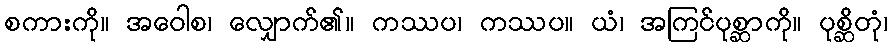
စကားကို။ အဝေါစ၊ လျှောက်၏။ ကဿပ၊ ကဿပ။ ယံ၊ အကြင်ပုစ္ဆာကို။ ပုစ္ဆိတုံ၊